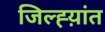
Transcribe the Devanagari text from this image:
जिल्ह्य़ांत